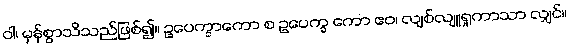
ဝါ၊ မှန်စွာသိသည်ဖြစ်၍။ ဥပေက္ခာကော စ ဥပေက္ခ ကော ဧဝ၊ လျစ်လျူရှုကာသာ လျှင်။